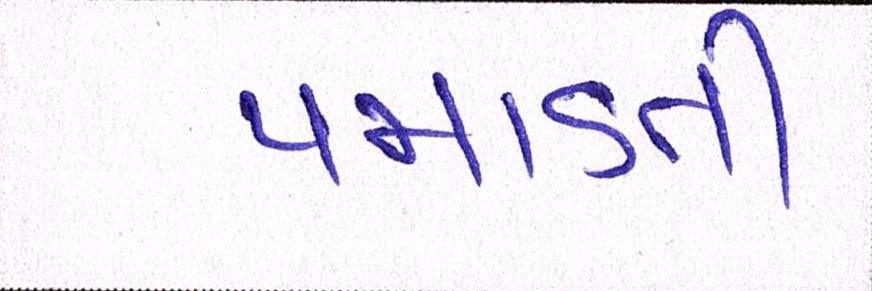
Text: પમાડતી